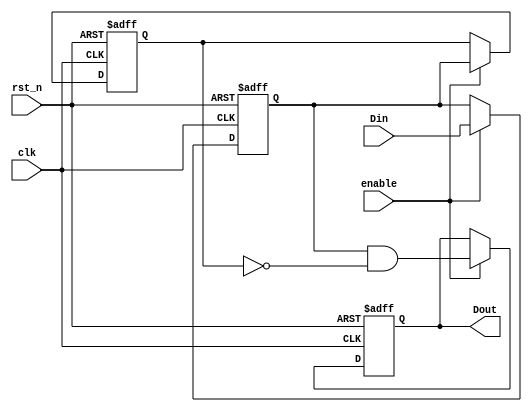
module dual_ff_detector (
    input wire clk,          // Clock signal
    input wire rst_n,       // Asynchronous reset (active low)
    input wire enable,      // Enable signal for detection functionality
    input wire Din,         // Input signal to be monitored
    output reg Dout         // Output signal indicating detection
);

// Internal signals for dual flip-flops
reg ff1, ff2;

// Sequential logic for dual flip-flops
always @(posedge clk or negedge rst_n) begin
    if (!rst_n) begin
        ff1 <= 1'b0;       // Reset FF1
        ff2 <= 1'b0;       // Reset FF2
        Dout <= 1'b0;      // Reset output
    end else if (enable) begin
        ff1 <= Din;        // Capture Din in FF1 on clock edge
        ff2 <= ff1;        // Capture output of FF1 in FF2
        // Example pattern detection logic: 
        // (Here, you can implement your specific pattern matching logic)
        Dout <= ff1 & ~ff2; // Example condition for detection (rising edge detection)
    end
end

endmodule